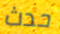
حدث